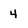
Character: 4